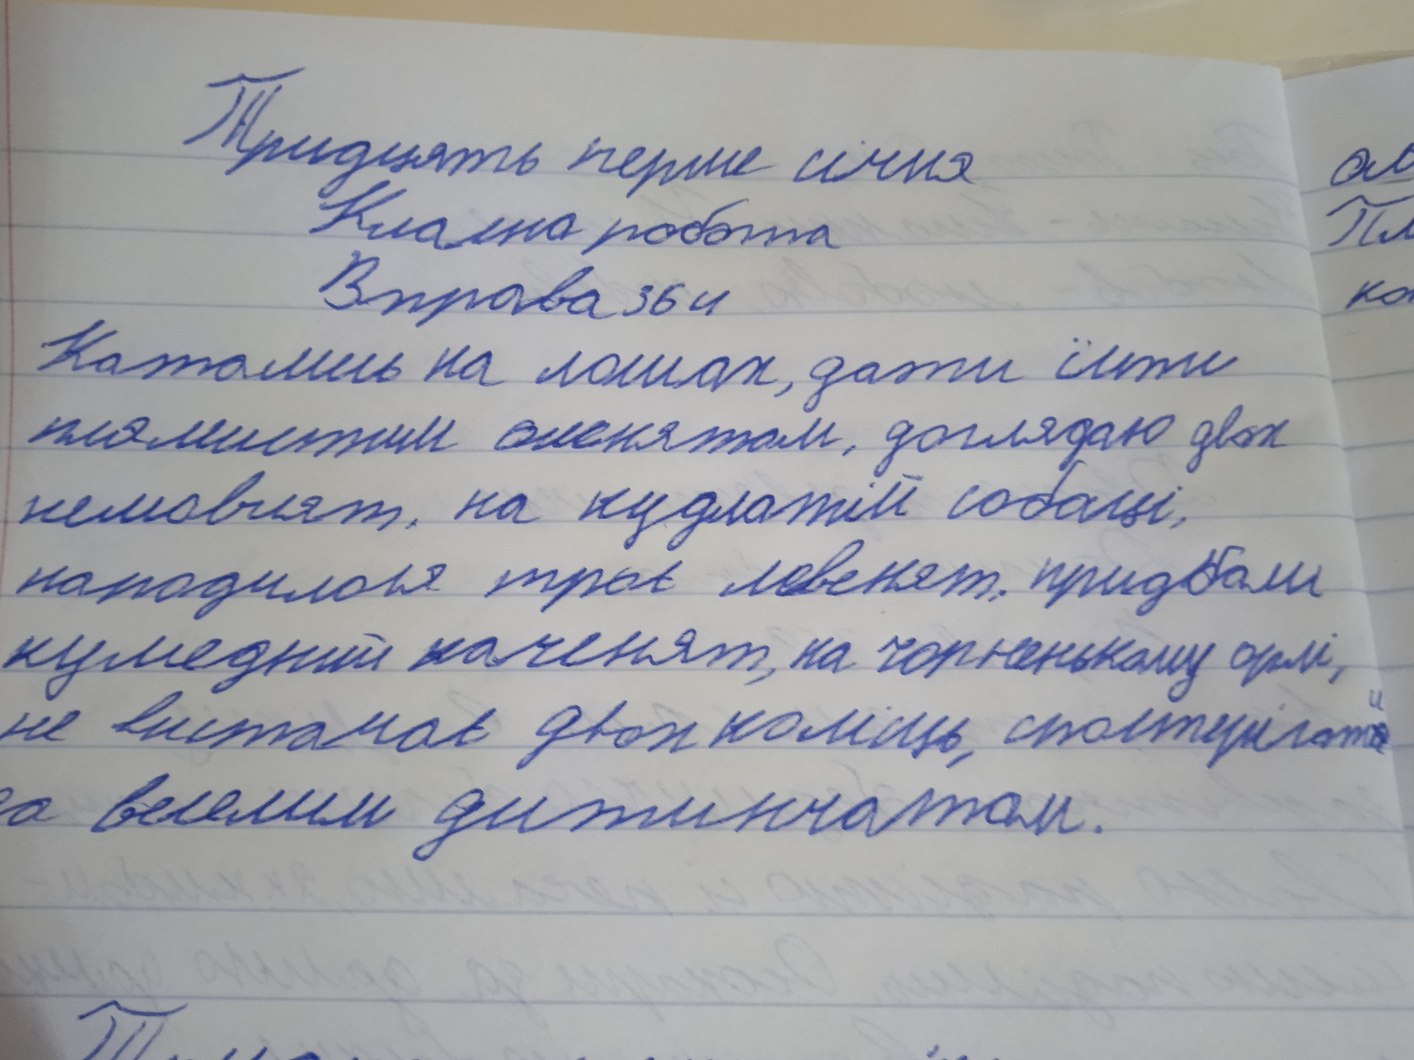
Тридцять перше січня
Класна робота
Вправа 364
Катались на лошах, дати їсти
плямистим оленятам, доглядаю двох
немовлят, на кудлатім собаці,
народилося троє левенят, придбали
кумедний каченят, на чорненькому орлі,
не вистачає двох коліщь, спостерігати
за веселим дитинчатам.